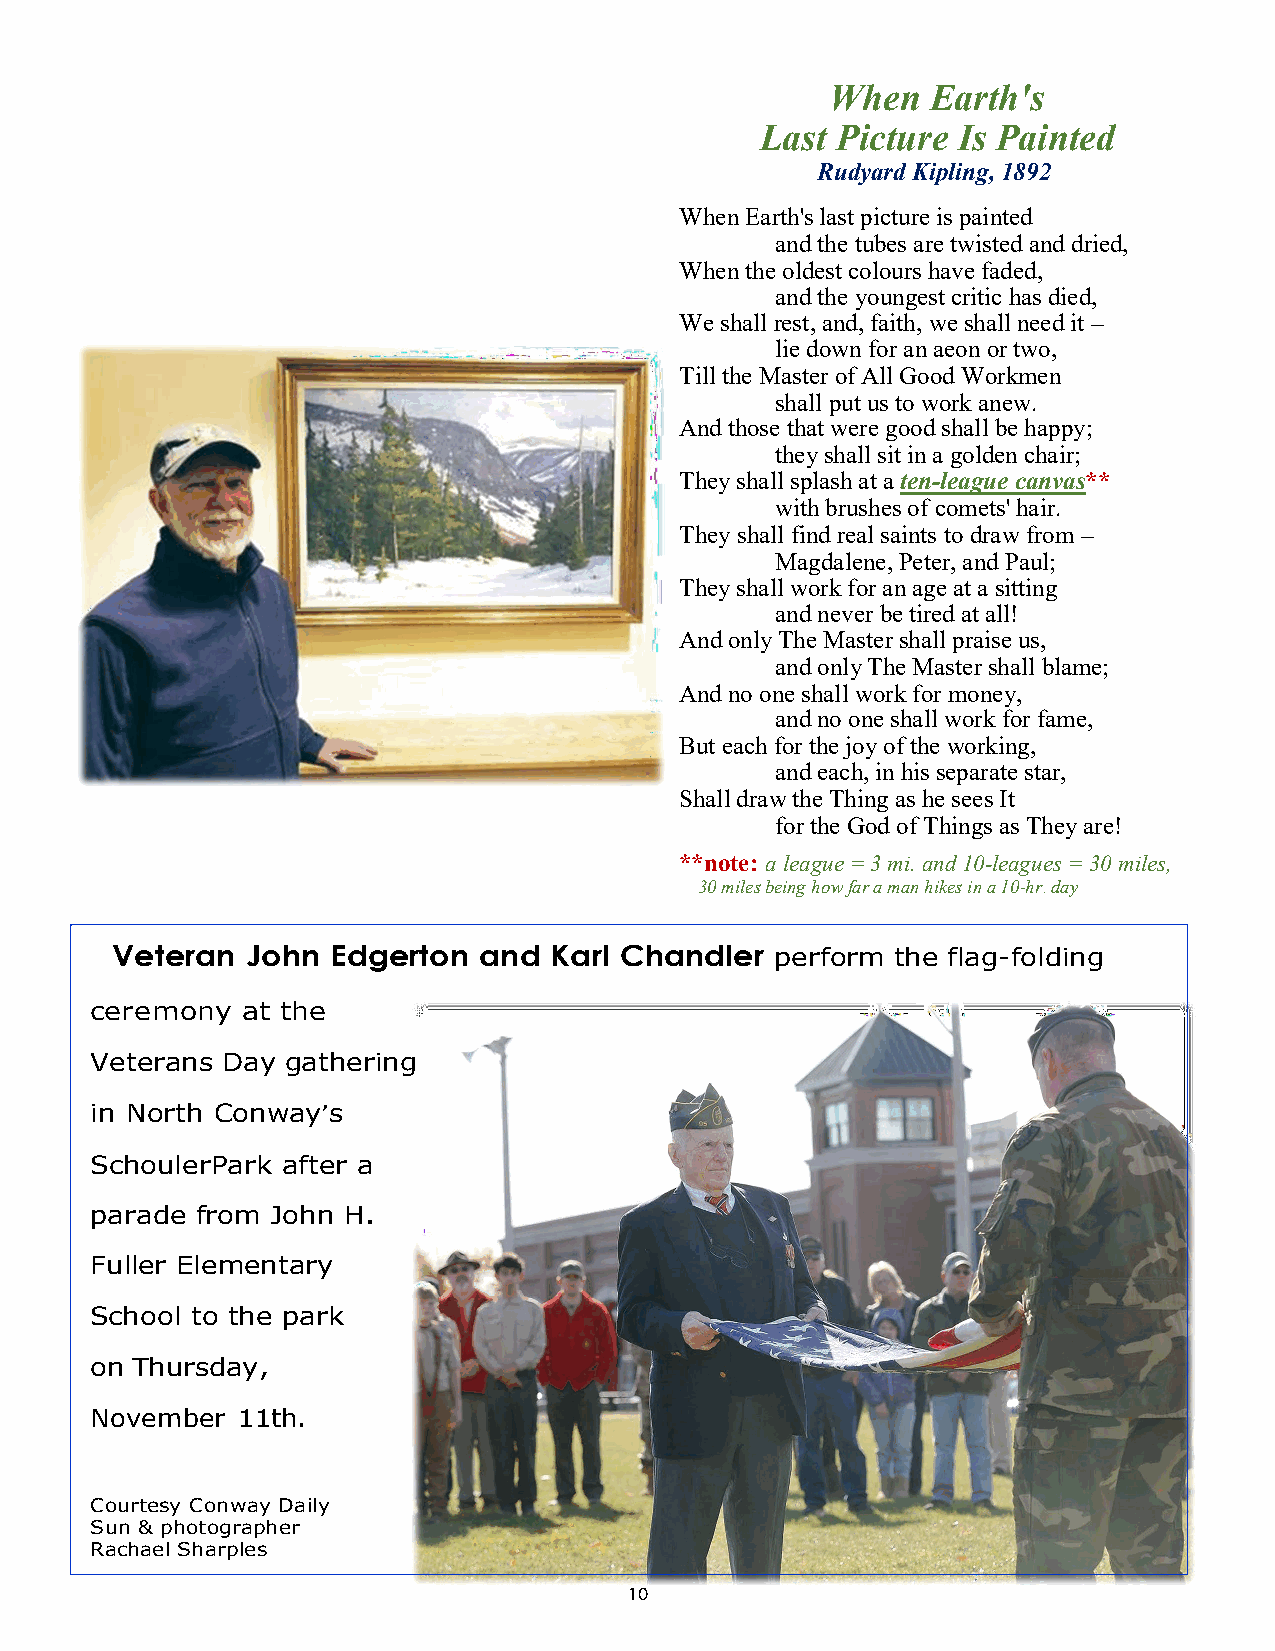
When   Earth's
 Last Picture Is Painted
 Rudyard Kipling, 1892
 When Earth's last picture is painted
 and the tubes are twisted and dried,
 When the oldest colours have faded,
 and the youngest critic has died,
 We shall rest, and, faith, we shall need it –
 lie down for an aeon or two,
 Till the Master of All Good Workmen
 shall put us to work anew.
 And those that were good shall be happy;
 they shall sit in a golden chair;
 They shall splash at a ten-league canvas**
 with brushes of comets' hair.
 They shall find real saints to draw from –
 Magdalene, Peter, and Paul;
 They shall work for an age at a sitting
 and never be tired at all!
 And only The Master shall praise us,
 and only The Master shall blame;
 And no one shall work for money,
 and no one shall work for fame,
 But each for the joy of the working,
 and each, in his separate star,
 Shall draw the Thing as he sees It
 for the God of Things as They are!
 **note: a league = 3 mi. and 10-leagues = 30 miles,
 30 miles being how far a man hikes in a 10-hr. day
 Veteran  John  Edgerton  and Karl Chandler  perform the flag-folding
 ceremony  at the
 Veterans Day gathering
 in North Conway’s
 Schouler Park after a
 parade from John H.
 Fuller Elementary
 School to the park
 on Thursday,
 November  11th.
 Courtesy Conway Daily
 Sun & photographer
 Rachael Sharples
 10